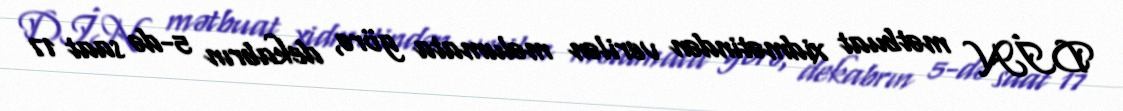
DİN mətbuat xidmətindən verilən məlumata görə, dekabrın 5-də saat 17